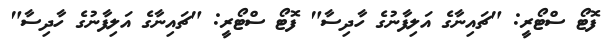
ފޮޓޯ ސްޓޯރީ: "ޗައިނާގެ އަލިފާނުގެ ހާދިސާ" ފޮޓޯ ސްޓޯރީ: "ޗައިނާގެ އަލިފާނުގެ ހާދިސާ"